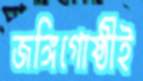
জঙ্গিগোষ্ঠীই